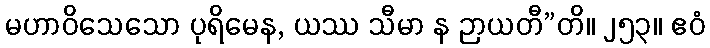
မဟာဝိသေသော ပုရိမေန, ယဿ သီမာ န ဉာယတီ”တိ။ ၂၅၃။ ဧဝံ